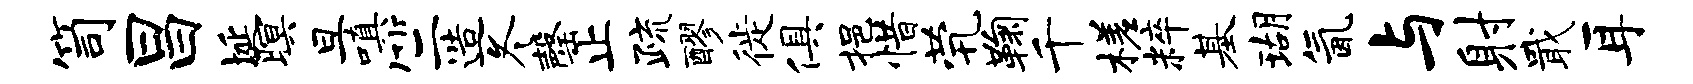
笥昌埏暝旦嗔竺造冬罄止疏醪徙俱挹惜茕鞠千槎粹基瑚氤与射戢耳